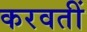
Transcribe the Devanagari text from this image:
करवतीं